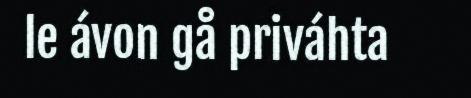
le ávon gå priváhta